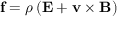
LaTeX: \mathbf { f } = \rho \left( \mathbf { E } + \mathbf { v } \times \mathbf { B } \right) \,